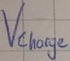
Text: Vcharge